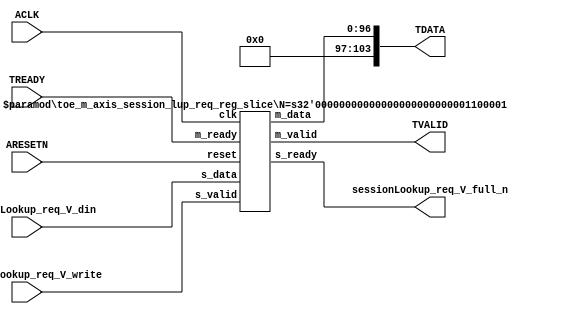
// ==============================================================
// File generated by Vivado(TM) HLS - High-Level Synthesis from C, C++ and SystemC
// Version: 2015.1
// Copyright (C) 2015 Xilinx Inc. All rights reserved.
// 
// ==============================================================


`timescale 1ns/1ps

module toe_m_axis_session_lup_req_if (
    // AXI4-Stream singals
    input  wire         ACLK,
    input  wire         ARESETN,
    output wire         TVALID,
    input  wire         TREADY,
    output wire [103:0] TDATA,
    // User signals
    input  wire [96:0]  sessionLookup_req_V_din,
    output wire         sessionLookup_req_V_full_n,
    input  wire         sessionLookup_req_V_write
);
//------------------------Local signal-------------------
// register slice
wire [0:0]  s_valid;
wire [0:0]  s_ready;
wire [96:0] s_data;
wire [0:0]  m_valid;
wire [0:0]  m_ready;
wire [96:0] m_data;

//------------------------Instantiation------------------
// rs
toe_m_axis_session_lup_req_reg_slice #(
    .N       ( 97 )
) rs (
    .clk     ( ACLK ),
    .reset   ( ARESETN ),
    .s_data  ( s_data ),
    .s_valid ( s_valid ),
    .s_ready ( s_ready ),
    .m_data  ( m_data ),
    .m_valid ( m_valid ),
    .m_ready ( m_ready )
);

//------------------------Body---------------------------
// AXI4-Stream
assign TVALID                     = m_valid;
assign TDATA                      = m_data[96:0];
// Register Slice
assign s_valid                    = sessionLookup_req_V_write;
assign m_ready                    = TREADY;
assign s_data                     = sessionLookup_req_V_din;
// User Signal
assign sessionLookup_req_V_full_n = s_ready;

endmodule



`timescale 1ns/1ps

module toe_m_axis_session_lup_req_reg_slice
#(parameter
    N = 8   // data width
) (
    // system signals
    input  wire         clk,
    input  wire         reset,
    // slave side
    input  wire [N-1:0] s_data,
    input  wire         s_valid,
    output wire         s_ready,
    // master side
    output wire [N-1:0] m_data,
    output wire         m_valid,
    input  wire         m_ready
);
//------------------------Parameter----------------------
// state
localparam [1:0]
    ZERO = 2'b10,
    ONE  = 2'b11,
    TWO  = 2'b01;
//------------------------Local signal-------------------
reg  [N-1:0] data_p1;
reg  [N-1:0] data_p2;
wire         load_p1;
wire         load_p2;
wire         load_p1_from_p2;
reg          s_ready_t;
reg  [1:0]   state;
reg  [1:0]   next;
//------------------------Body---------------------------
assign s_ready = s_ready_t;
assign m_data  = data_p1;
assign m_valid = state[0];

assign load_p1 = (state == ZERO && s_valid) ||
                 (state == ONE && s_valid && m_ready) ||
                 (state == TWO && m_ready);
assign load_p2 = s_valid & s_ready;
assign load_p1_from_p2 = (state == TWO);

// data_p1
always @(posedge clk) begin
    if (load_p1) begin
        if (load_p1_from_p2)
            data_p1 <= data_p2;
        else
            data_p1 <= s_data;
    end
end

// data_p2
always @(posedge clk) begin
    if (load_p2) data_p2 <= s_data;
end

// s_ready_t
always @(posedge clk) begin
    if (~reset)
        s_ready_t <= 1'b0;
    else if (state == ZERO)
        s_ready_t <= 1'b1;
    else if (state == ONE && next == TWO)
        s_ready_t <= 1'b0;
    else if (state == TWO && next == ONE)
        s_ready_t <= 1'b1;
end

// state
always @(posedge clk) begin
    if (~reset)
        state <= ZERO;
    else
        state <= next;
end

// next
always @(*) begin
    case (state)
        ZERO:
            if (s_valid & s_ready)
                next = ONE;
            else
                next = ZERO;
        ONE:
            if (~s_valid & m_ready)
                next = ZERO;
            else if (s_valid & ~m_ready)
                next = TWO;
            else
                next = ONE;
        TWO:
            if (m_ready)
                next = ONE;
            else
                next = TWO;
        default:
            next = ZERO;
    endcase
end

endmodule